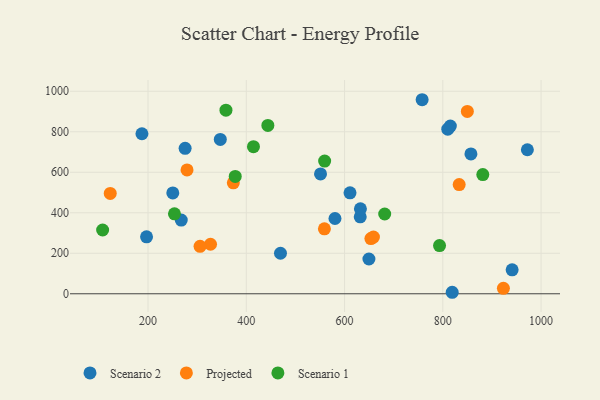
{"axis": {"x": "Investment", "y": "Fuel Efficiency"}, "legend": ["Projected", "Scenario 1", "Scenario 2"], "data": [{"x": "819.1", "y": 7.4, "type": "Scenario 2"}, {"x": "941.1", "y": 118.5, "type": "Scenario 2"}, {"x": "551.1", "y": 591.6, "type": "Scenario 2"}, {"x": "972.1", "y": 711.2, "type": "Scenario 2"}, {"x": "649.6", "y": 171.6, "type": "Scenario 2"}, {"x": "275.5", "y": 718.3, "type": "Scenario 2"}, {"x": "267.6", "y": 363.8, "type": "Scenario 2"}, {"x": "580.5", "y": 371.7, "type": "Scenario 2"}, {"x": "347.1", "y": 762.3, "type": "Scenario 2"}, {"x": "469.6", "y": 200.0, "type": "Scenario 2"}, {"x": "815.3", "y": 827.9, "type": "Scenario 2"}, {"x": "757.9", "y": 958.2, "type": "Scenario 2"}, {"x": "631.9", "y": 380.2, "type": "Scenario 2"}, {"x": "250.4", "y": 498.0, "type": "Scenario 2"}, {"x": "187.6", "y": 790.2, "type": "Scenario 2"}, {"x": "611.1", "y": 498.3, "type": "Scenario 2"}, {"x": "632.3", "y": 419.4, "type": "Scenario 2"}, {"x": "857.2", "y": 690.6, "type": "Scenario 2"}, {"x": "197.0", "y": 281.1, "type": "Scenario 2"}, {"x": "810.1", "y": 812.7, "type": "Scenario 2"}, {"x": "373.6", "y": 547.9, "type": "Projected"}, {"x": "279.4", "y": 611.6, "type": "Projected"}, {"x": "849.9", "y": 900.4, "type": "Projected"}, {"x": "923.3", "y": 26.9, "type": "Projected"}, {"x": "559.0", "y": 320.7, "type": "Projected"}, {"x": "327.2", "y": 244.5, "type": "Projected"}, {"x": "653.6", "y": 272.6, "type": "Projected"}, {"x": "123.1", "y": 495.3, "type": "Projected"}, {"x": "833.3", "y": 539.3, "type": "Projected"}, {"x": "305.9", "y": 234.1, "type": "Projected"}, {"x": "658.8", "y": 280.0, "type": "Projected"}, {"x": "358.6", "y": 906.6, "type": "Scenario 1"}, {"x": "107.6", "y": 314.8, "type": "Scenario 1"}, {"x": "253.8", "y": 394.8, "type": "Scenario 1"}, {"x": "443.9", "y": 831.1, "type": "Scenario 1"}, {"x": "377.5", "y": 579.5, "type": "Scenario 1"}, {"x": "881.4", "y": 588.5, "type": "Scenario 1"}, {"x": "559.5", "y": 655.3, "type": "Scenario 1"}, {"x": "793.3", "y": 238.0, "type": "Scenario 1"}, {"x": "414.6", "y": 726.6, "type": "Scenario 1"}, {"x": "681.7", "y": 394.0, "type": "Scenario 1"}]}